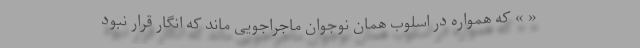
« » که همواره در اسلوب همان نوجوان ماجراجویی ماند که انگار قرار نبود